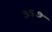
૭૬૭